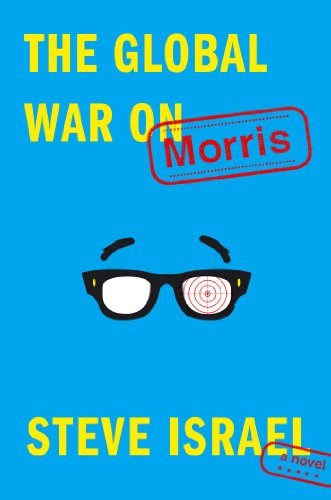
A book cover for The Global War on Morris: A Novel; Steve Israel; Humor & Entertainment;